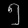
Digit: ၅